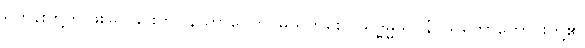
ရဟန်းတို့ကို ဖူးမြင်ခြင်းကို။ န ဟာပေတိ၊ မယုတ်စေ။ သဒ္ဓမ္မသဝနံ၊ သူတော်ကောင်းတို့၏